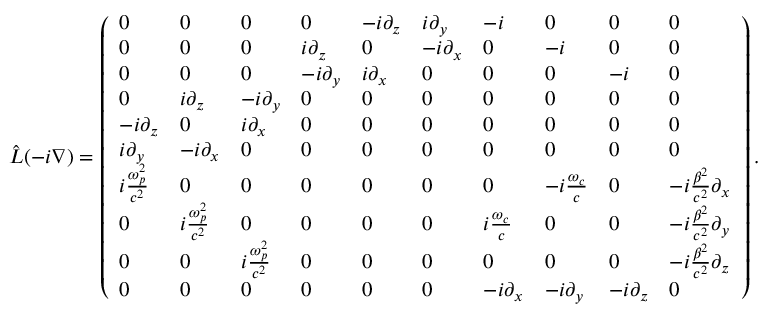
\hat { L } ( - i \nabla ) = \left( \begin{array} { l l l l l l l l l l } { 0 } & { 0 } & { 0 } & { 0 } & { - i \partial _ { z } } & { i \partial _ { y } } & { - i } & { 0 } & { 0 } & { 0 } \\ { 0 } & { 0 } & { 0 } & { i \partial _ { z } } & { 0 } & { - i \partial _ { x } } & { 0 } & { - i } & { 0 } & { 0 } \\ { 0 } & { 0 } & { 0 } & { - i \partial _ { y } } & { i \partial _ { x } } & { 0 } & { 0 } & { 0 } & { - i } & { 0 } \\ { 0 } & { i \partial _ { z } } & { - i \partial _ { y } } & { 0 } & { 0 } & { 0 } & { 0 } & { 0 } & { 0 } & { 0 } \\ { - i \partial _ { z } } & { 0 } & { i \partial _ { x } } & { 0 } & { 0 } & { 0 } & { 0 } & { 0 } & { 0 } & { 0 } \\ { i \partial _ { y } } & { - i \partial _ { x } } & { 0 } & { 0 } & { 0 } & { 0 } & { 0 } & { 0 } & { 0 } & { 0 } \\ { i \frac { \omega _ { p } ^ { 2 } } { c ^ { 2 } } } & { 0 } & { 0 } & { 0 } & { 0 } & { 0 } & { 0 } & { - i \frac { \omega _ { c } } { c } } & { 0 } & { - i \frac { \beta ^ { 2 } } { c ^ { 2 } } \partial _ { x } } \\ { 0 } & { i \frac { \omega _ { p } ^ { 2 } } { c ^ { 2 } } } & { 0 } & { 0 } & { 0 } & { 0 } & { i \frac { \omega _ { c } } { c } } & { 0 } & { 0 } & { - i \frac { \beta ^ { 2 } } { c ^ { 2 } } \partial _ { y } } \\ { 0 } & { 0 } & { i \frac { \omega _ { p } ^ { 2 } } { c ^ { 2 } } } & { 0 } & { 0 } & { 0 } & { 0 } & { 0 } & { 0 } & { - i \frac { \beta ^ { 2 } } { c ^ { 2 } } \partial _ { z } } \\ { 0 } & { 0 } & { 0 } & { 0 } & { 0 } & { 0 } & { - i \partial _ { x } } & { - i \partial _ { y } } & { - i \partial _ { z } } & { 0 } \end{array} \right) .